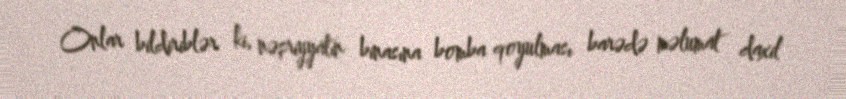
Onlar bildiriblər ki, nəşriyyatın binasına bomba qoyulması barədə məlumat daxil